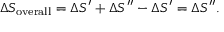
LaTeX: \Delta S _ { \mathrm { o v e r a l l } } = \Delta S ^ { \prime } + \Delta S ^ { \prime \prime } - \Delta S ^ { \prime } = \Delta S ^ { \prime \prime } .